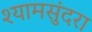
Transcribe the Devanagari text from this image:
श्यामसुंदरा